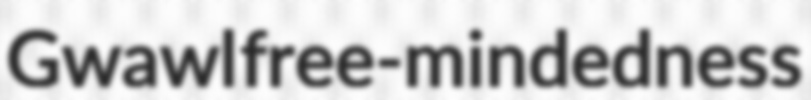
Gwawl free-mindedness